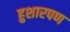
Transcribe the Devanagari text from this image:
हुशारपण